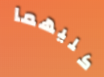
كليهما